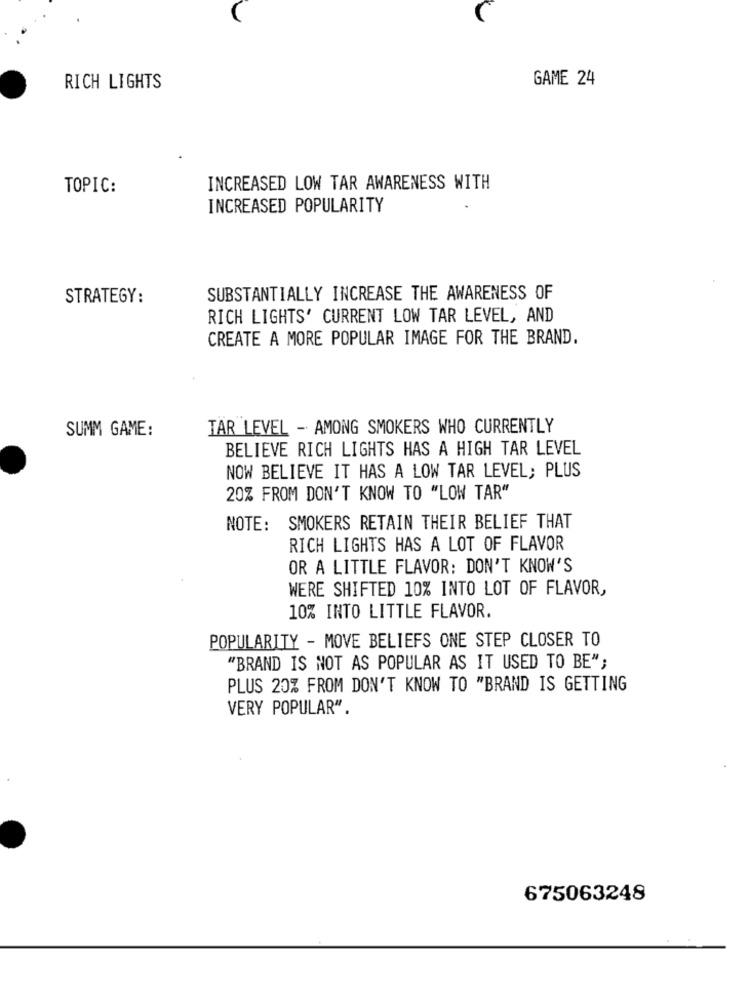
GAME 24
RICH LIGHTS
TOPIC:
INCREASED LOW TAR AWARENESS WITH
INCREASED POPULARITY
STRATEGY:
SUBSTANTIALLY INCREASE THE AWARENESS OF
RICH LIGHTS' CURRENT LOW TAR LEVEL, AND
CREATE A MORE POPULAR IMAGE FOR THE BRAND.
SUMM GAME:
TAR LEVEL - AMONG SMOKERS WHO CURRENTLY
BELIEVE RICH LIGHTS HAS A HIGH TAR LEVEL
NOW BELIEVE IT HAS A LOW TAR LEVEL; PLUS
20% FROM DON'T KNOW TO "LOW TAR"
NOTE: SMOKERS RETAIN THEIR BELIEF THAT
RICH LIGHTS HAS A LOT OF FLAVOR
OR A LITTLE FLAVOR: DON'T KNOW'S
WERE SHIFTED 10% INTO LOT OF FLAVOR,
10% INTO LITTLE FLAVOR.
POPULARITY - MOVE BELIEFS ONE STEP CLOSER TO
"BRAND IS NOT AS POPULAR AS IT USED TO BE";
PLUS 20% FROM DON'T KNOW TO "BRAND IS GETTING
VERY POPULAR".
675063248